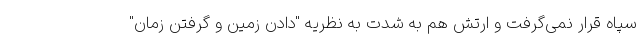
سپاه قرار نمی‌گرفت و ارتش هم به شدت به نظریه "دادن زمین و گرفتن زمان"